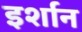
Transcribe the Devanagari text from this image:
इर्शान